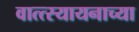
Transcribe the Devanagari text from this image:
वात्त्स्यायनाच्या